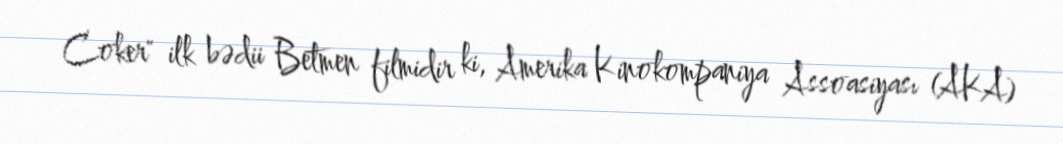
Coker" ilk bədii Betmen filmidir ki, Amerika Kinokompaniya Assoasiyası (AKA)